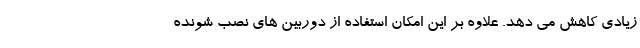
زیادی کاهش می دهد. علاوه بر این امکان استفاده از دوربین های نصب شونده